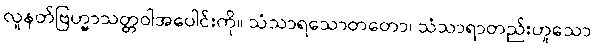
လူနတ်ဗြဟ္မာသတ္တဝါအပေါင်းကို။ သံသာရသောတတော၊ သံသာရာတည်းဟူသော